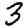
Digit: 3